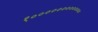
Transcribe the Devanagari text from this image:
१०००००००००००००